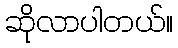
ဆိုလာပါတယ်။